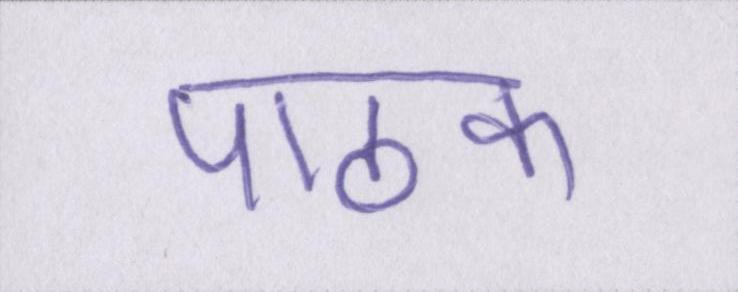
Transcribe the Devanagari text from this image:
पाठक